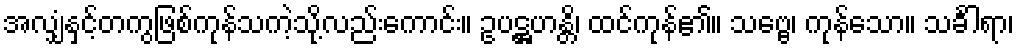
အလျှံနှင့်တကွဖြစ်ကုန်သကဲ့သို့လည်းကောင်း။ ဥပဋ္ဌဟန္တိ၊ ထင်ကုန်၏။ သဗ္ဗေ၊ ကုန်သော။ သင်္ခါရာ၊